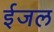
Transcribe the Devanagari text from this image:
ईजल